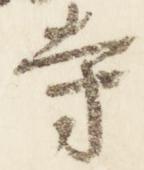
寺